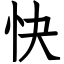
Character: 快